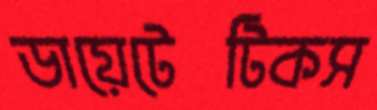
ডায়েটেটিকস